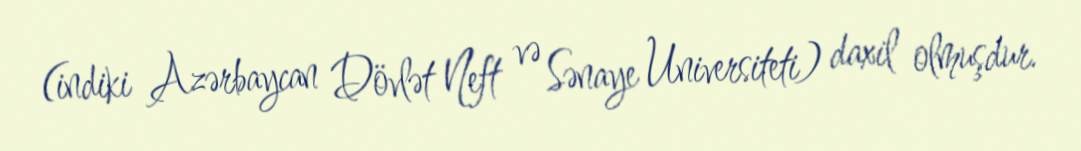
(indiki Azərbaycan Dövlət Neft və Sənaye Universiteti) daxil olmuşdur.